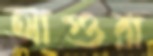
আগুরা